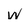
Character: w